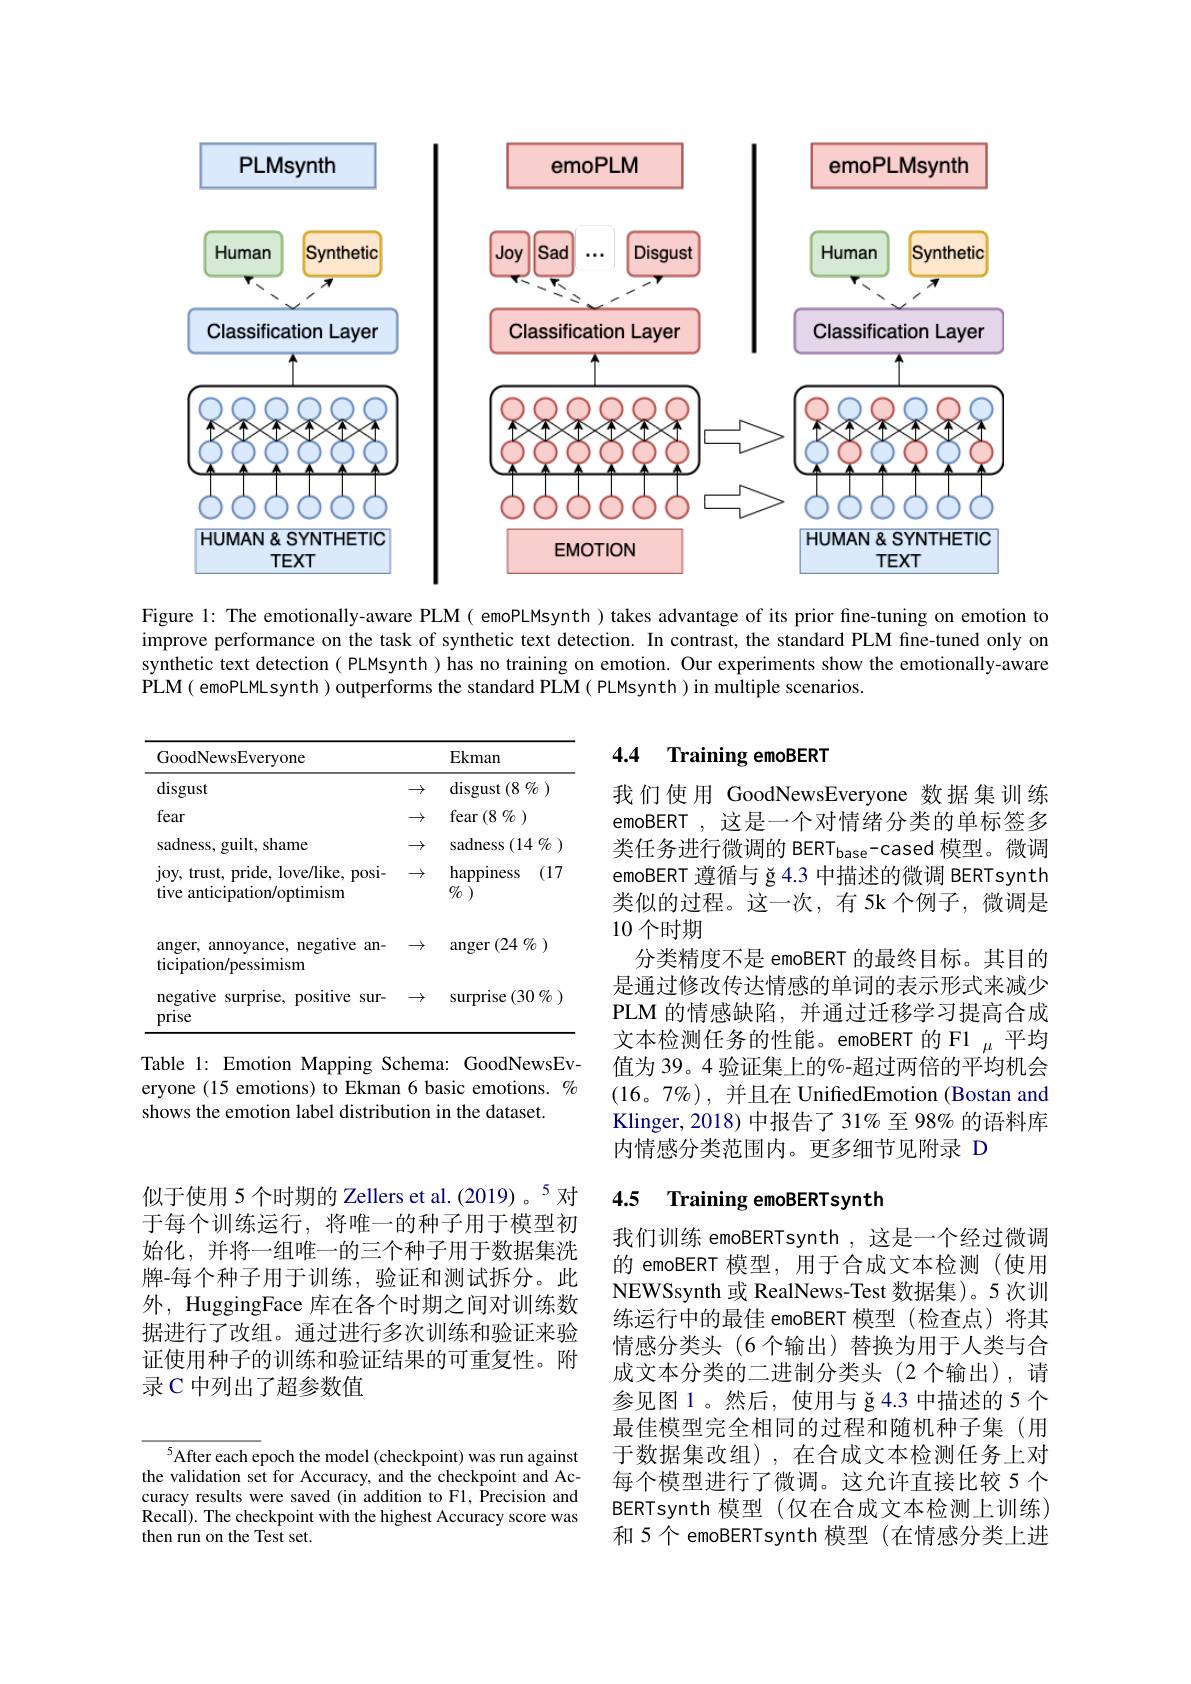
<FigureHere>

Figure 1: The emotionally-aware PLM( emoPLMsynth ) takes advantage of its prior fine-tuning on emotion to improve performance on the task of synthetic text detection. In contrast, the standard PLM fine-tuned only on synthetic text detection ( PLMsynth ) has no training on emotion. Our experiments show the emotionally-aware PLM( emoPLMLsynth) outperforms the standard PLM( PLMsynth) in multiple scenarios.

## 4.4 Training emoBERT

<table>
	<tbody>
		<tr>
			<th>GoodNewsEveryone</th>
			<th>Ekman</th>
		</tr>
		<tr>
			<td>disgust</td>
			<td>$\operatorname{disgust}(8\%)$ -</td>
		</tr>
		<tr>
			<td>fear</td>
			<td>$\operatorname{fear}\left(8\not{\it{O}}\right)$</td>
		</tr>
		<tr>
			<td>sadness, guilt, shame</td>
			<td>sadness $(14\%$</td>
		</tr>
		<tr>
			<td>joy, trust, pride, love/like, posi- tive anticipation/optimism</td>
			<td>happiness (17 $\%$</td>
		</tr>
		<tr>
			<td>$\operatorname{anger,}$ annoyance, negative $:an-$ ticipation/pessimism</td>
			<td>$\operatorname{anger}(24\%)$</td>
		</tr>
		<tr>
			<td>negative T 1 surprise, positive sur- prise</td>
			<td>surprise $(30\%$</td>
		</tr>
	</tbody>
</table>

我们使用 GoodNewsEveryone 数据集训练emoBERT,这是一个对情绪分类的单标签多类任务进行微调的 BERT$_\mathrm{base}$-cased 模型。微调emoBERT 遵循与 ğ 4.3 中描述的微调 BERTsynth 类似的过程。这一次，有 5k 个例子，微调是10个时期
分类精度不是 emoBERT 的最终目标。其目的是通过修改传达情感的单词的表示形式来减少PLM 的情感缺陷，并通过迁移学习提高合成文本检测任务的性能。emoBERT 的 F1 $_\mathrm{\mu}$平均值为 39。4 验证集上的%-超过两倍的平均机会$(16。7\%)$,并且在 UnifedEmotion (Bostan and Klinger,2018) 中报告了31%至 98% 的语料库内情感分类范围内。更多细节见附录 D

Table 1: Emotion Mapping Schema: GoodNewsEveryone (15 emotions) to Ekman 6 basic emotions. $\%$ shows the emotion label distribution in the dataset.

### 4.5 Training emoBERTsynth

似于使用 5个时期的 Zellers et al.(2019)。$^{5}$对于每个训练运行，将唯一的种子用于模型初始化，并将一组唯一的三个种子用于数据集洗牌-每个种子用于训练，验证和测试拆分。此外，HuggingFace 库在各个时期之间对训练数据进行了改组。通过进行多次训练和验证来验证使用种子的训练和验证结果的可重复性。附录 C 中列出了超参数值

我们训练 emoBERTsynth ,这是一个经过微调的 emoBERT 模型，用于合成文本检测(使用NEWSsynth 或 RealNews-Test 数据集)。5 次训练运行中的最佳 emoBERT 模型 (检查点)将其情感分类头(6 个输出) 替换为用于人类与合成文本分类的二进制分类头(2个输出),请参见图 1。然后，使用与 ğ 4.3 中描述的 5 个最佳模型完全相同的过程和随机种子集(用于数据集改组),在合成文本检测任务上对每个模型进行了微调。这允许直接比较 5 个BERTsynth 模型(仅在合成文本检测上训练) 和 5 个 emoBERTsynth 模型 (在情感分类上进

$^{5}$After each epoch the model (checkpoint) was run against the validation set for Accuracy, and the checkpoint and Accuracy results were saved (in addition to F1, Precision and Recall). The checkpoint with the highest Accuracy score was then run on the Test set.